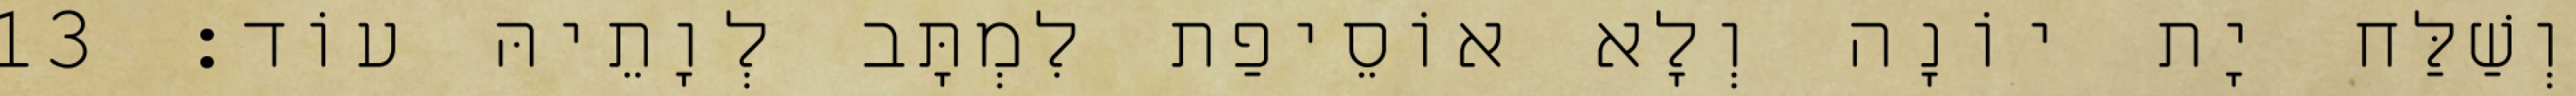
וְשַׁלַּח יָת יוֹנָה וְלָא אוֹסֵיפַת לִמְתָּב לְוָתֵיהּ עוֹד׃ 13